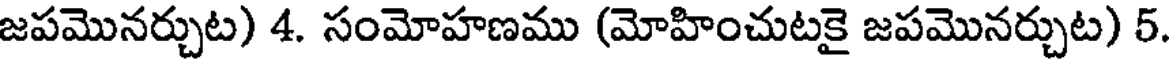
జపమొనర్చుట) 4. సంమోహణము (మోహించుటకై జపమొనర్చుట) 5.